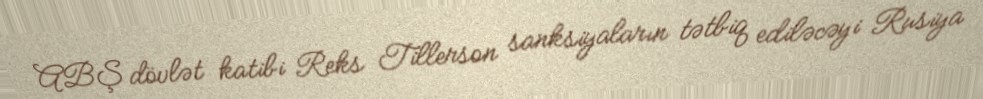
ABŞ dövlət katibi Reks Tillerson sanksiyaların tətbiq ediləcəyi Rusiya